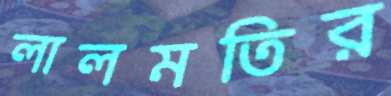
লালমতির